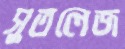
সুতলেজ